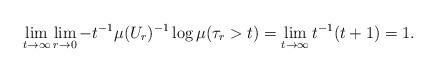
LaTeX: \begin{align*}\lim_{t \to \infty} \lim_{r \to 0} - t^{-1} \mu(U_r)^{-1} \log \mu(\tau_r > t) = \lim_{t \to \infty} t^{-1}(t+1) = 1 .\end{align*}